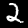
Label: 2